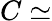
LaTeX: C\simeq